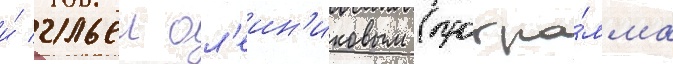
и́ ильеи ол'еин'иковым (програ́мма